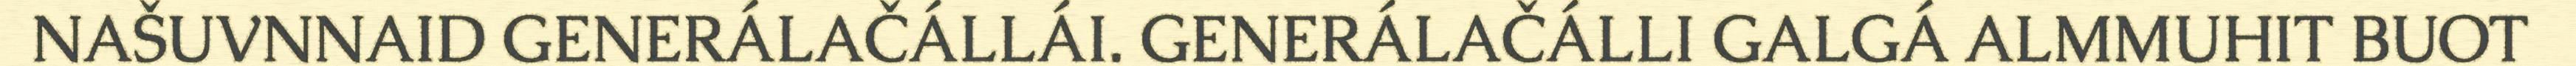
NAŠUVNNAID GENERÁLAČÁLLÁI. GENERÁLAČÁLLI GALGÁ ALMMUHIT BUOT